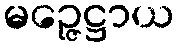
မဉ္ဇေဋ္ဌာယ